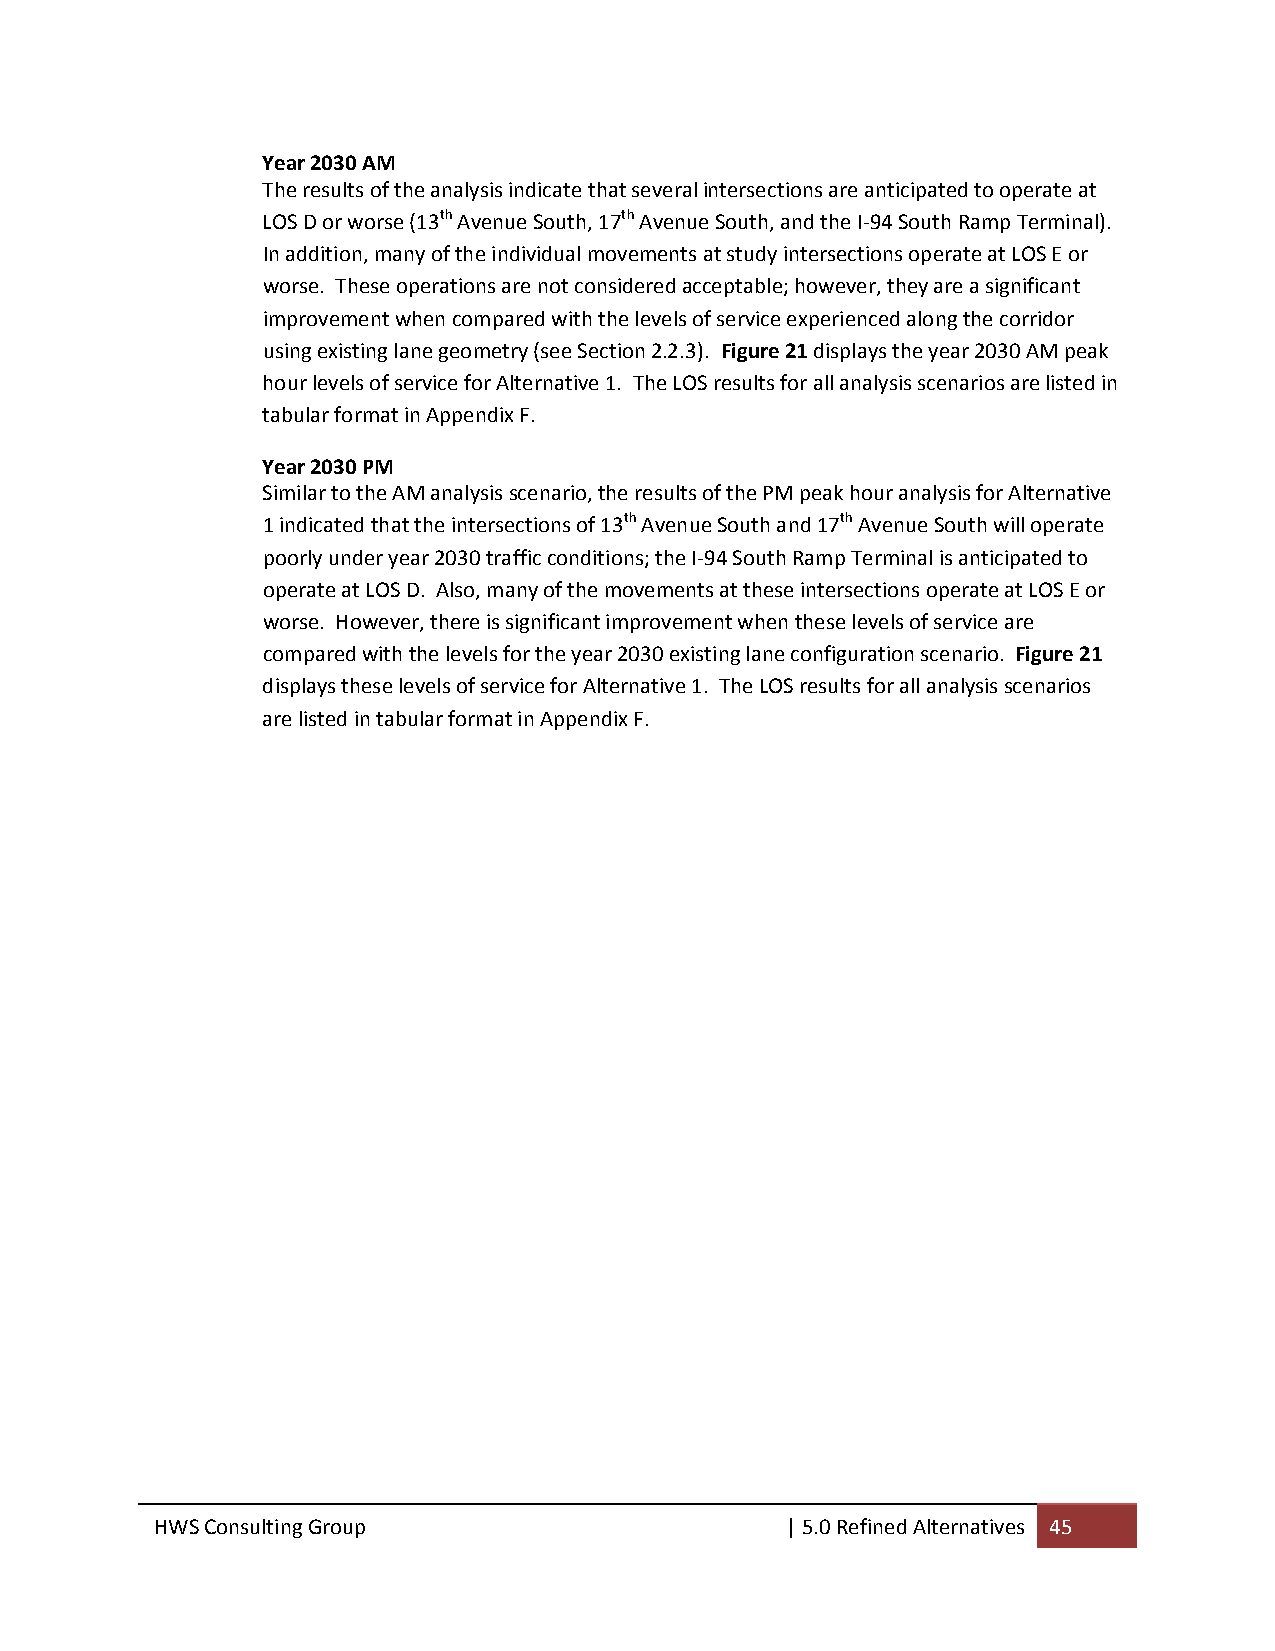
Year 2030 AM
 The results of the analysis indicate that several intersections are anticipated to operate at
 LOS D or worse (13th Avenue South, 17th Avenue South, and the I‐94 South Ramp Terminal).
 In addition, many of the individual movements at study intersections operate at LOS E or
 worse. These operations are not considered acceptable; however, they are a significant
 improvement when compared with the levels of service experienced along the corridor
 using existing lane geometry (see Section 2.2.3). Figure 21 displays the year 2030 AM peak
 hour levels of service for Alternative 1. The LOS results for all analysis scenarios are listed in
 tabular format in Appendix F.
 Year 2030 PM
 Similar to the AM analysis scenario, the results of the PM peak hour analysis for Alternative
 1 indicated that the intersections of 13th Avenue South and 17th Avenue South will operate
 poorly under year 2030 traffic conditions; the I‐94 South Ramp Terminal is anticipated to
 operate at LOS D. Also, many of the movements at these intersections operate at LOS E or
 worse. However, there is significant improvement when these levels of service are
 compared with the levels for the year 2030 existing lane configuration scenario. Figure 21
 displays these levels of service for Alternative 1. The LOS results for all analysis scenarios
 are listed in tabular format in Appendix F.
 HWS Consulting Group                      | 5.0 Refined Alternatives 45